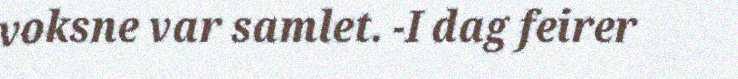
voksne var samlet. -I dag feirer